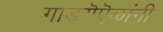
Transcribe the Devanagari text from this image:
गाडगॆऎळांनी